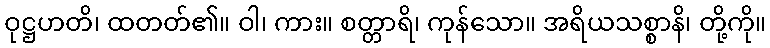
ဝုဋ္ဌဟတိ၊ ထတတ်၏။ ဝါ၊ ကား။ စတ္တာရိ၊ ကုန်သော။ အရိယသစ္စာနိ၊ တို့ကို။